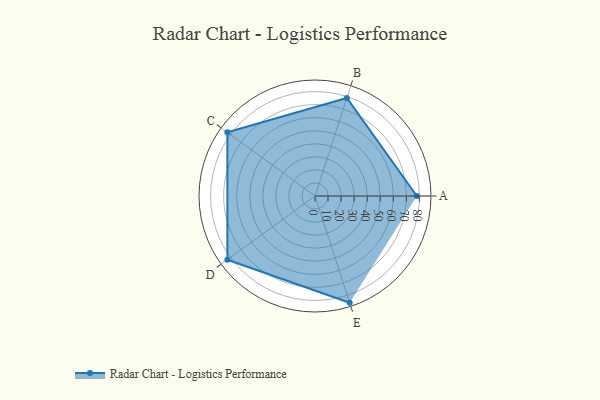
{"axis": {"x": "Skill", "y": "Score"}, "legend": ["Profile"], "data": [{"x": "A", "y": 78.0, "type": "Profile"}, {"x": "B", "y": 79.0, "type": "Profile"}, {"x": "C", "y": 83.0, "type": "Profile"}, {"x": "D", "y": 83.0, "type": "Profile"}, {"x": "E", "y": 86.0, "type": "Profile"}]}